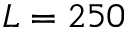
L = 2 5 0